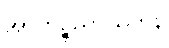
အာကိဉ္စညာယတန